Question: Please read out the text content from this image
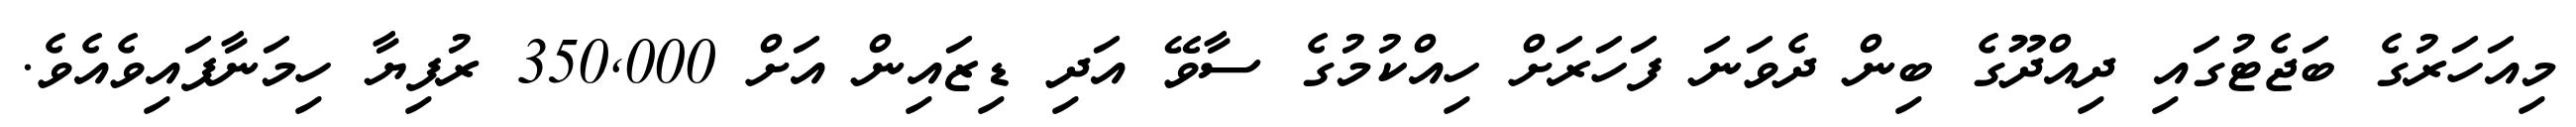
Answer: މިއަހަރުގެ ބަޖެޓުގައި ދިއްދޫގެ ބިން ދެވަނަ ފަހަރަށް ހިއްކުމުގެ ސާވޭ އަދި ޑިޒައިން އަށް 350,000 ރުފިޔާ ހިމަނާފައިވެއެވެ.